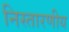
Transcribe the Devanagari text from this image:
निस्तारणीय